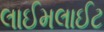
લાઈમલાઈટ